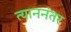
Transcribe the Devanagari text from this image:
त्याननंतर